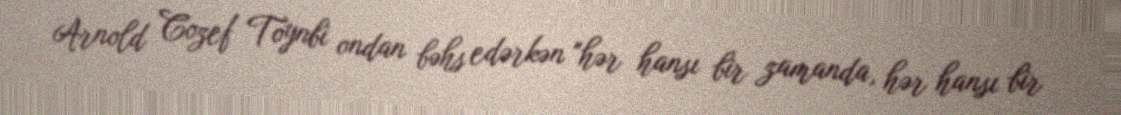
Arnold Cozef Toynbi ondan bəhs edərkən "hər hansı bir zamanda, hər hansı bir